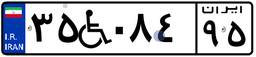
۳۵W۰۸۴۹۵